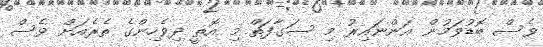
ވެސް ބޮޑުވަމުން އަންނައިރު މި ސަގާފަތް މި އޮތީ ދިވެހިންގެ ތެރެއަށް ވެސް